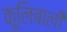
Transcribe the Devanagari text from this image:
कूलिबाली